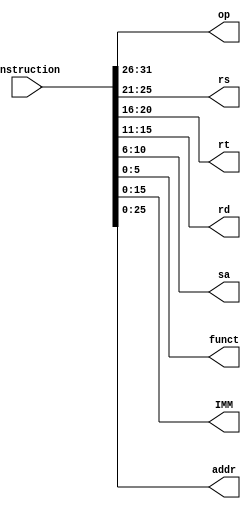
//instruction register and cut the instruction
module IF(
        input [31:0] instruction,
        output reg[5:0] op,
        output reg[4:0] rs,
        output reg[4:0] rt,
        output reg[4:0] rd,
        output reg[4:0] sa,
        output reg[5:0] funct, // for R-type instruction
        output reg[15:0] IMM, // for I-type instruction
        output reg[25:0] addr // for J-type instruction 
    );

    initial begin
        op = 5'b00000;
        rs = 5'b00000;
        rt = 5'b00000;
        rd = 5'b00000;
    end

    always@(instruction) 
    begin
        op = instruction[31:26];
        rs = instruction[25:21];
        rt = instruction[20:16];
        rd = instruction[15:11];
        sa = instruction[10:6];
	funct = instruction[5:0];// for R-type instruction
        IMM = instruction[15:0]; // for I-type instruction
        addr = instruction[25:0]; // for J-type instruction
    end
endmodule